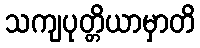
သကျပုတ္တိယာမှာတိ